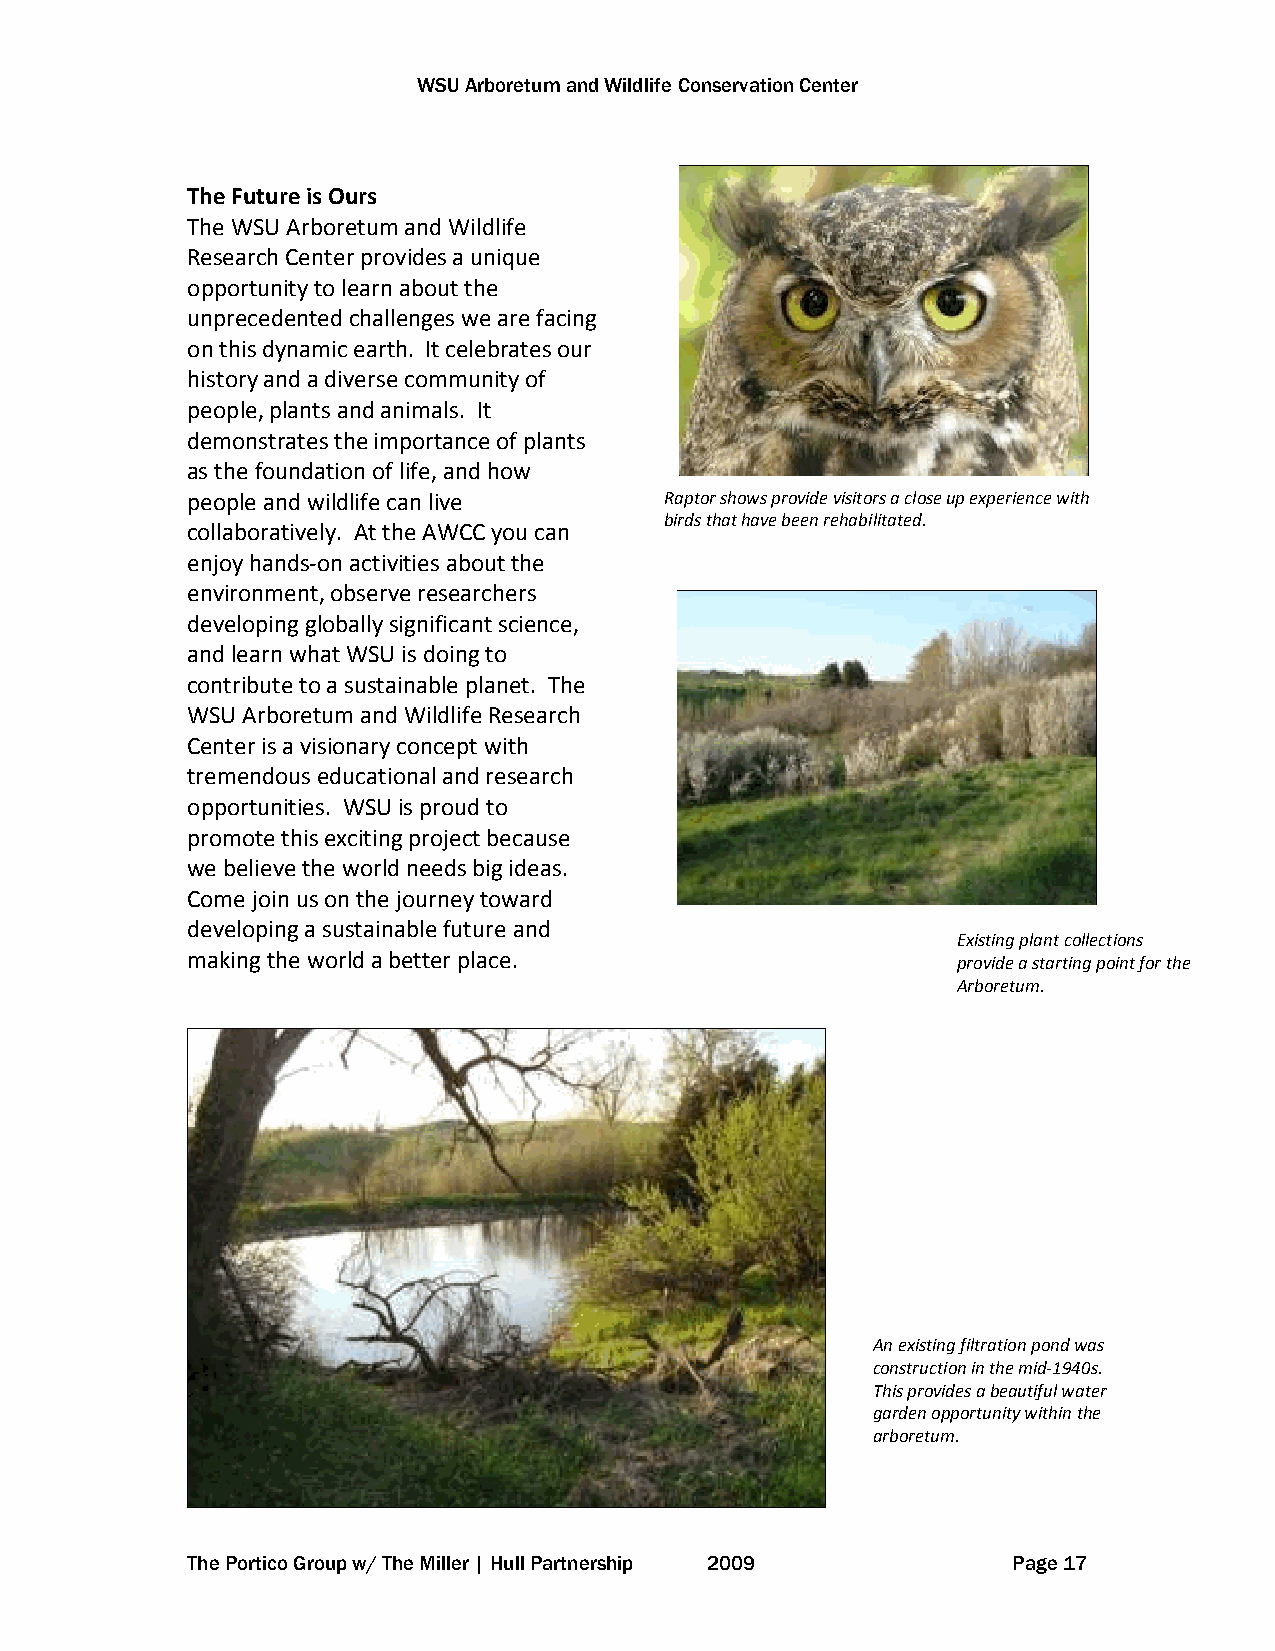
WSU Arboretum and Wildlife Conservation Center
 The Future is Ours
 The WSU Arboretum and Wildlife
 Research Center provides a unique
 opportunity to learn about the
 unprecedented challenges we are facing
 on this dynamic earth. It celebrates our
 history and a diverse community of
 people, plants and animals. It
 demonstrates the importance of plants
 as the foundation of life, and how
 people and wildlife can live    Ra ptor shows provide visitors a close up experience with
 birds that have been rehabilitated.
 collaboratively. At the AWCC you can
 enjoy hands-on activities about the
 environment, observe researchers
 developing globally significant science,
 and learn what WSU is doing to
 contribute to a sustainable planet. The
 WSU Arboretum and Wildlife Research
 Center is a visionary concept with
 tremendous educational and research
 opportunities. WSU is proud to
 promote this exciting project because
 we believe the world needs big ideas.
 Come join us on the journey toward
 developing a sustainable future and
 Existing plant collections
 making the world a better place.                   provide a starting point for the
 Arboretum.
 An existing filtration pond was
 construction in the mid-1940s.
 This provides a beautiful water
 garden opportunity within the
 arboretum.
 The Portico Group w/ The Miller | Hull Partnership 2009 Page 17